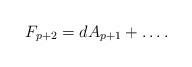
LaTeX: \begin{align*}F_{p+2} = dA_{p+1}+ \ldots .\end{align*}